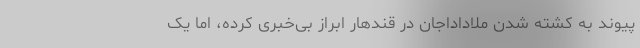
پیوند به کشته‌ شدن ملاداداجان در قندهار ابراز بی‌خبری کرده‌، اما یک